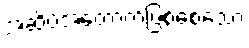
အဆိပ်အတောက်ဖြစ်စေသော